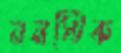
ননস্টিক